Insane asylums in Bengal annual reports 1867-1875 - 1867-1875
Year: 1867
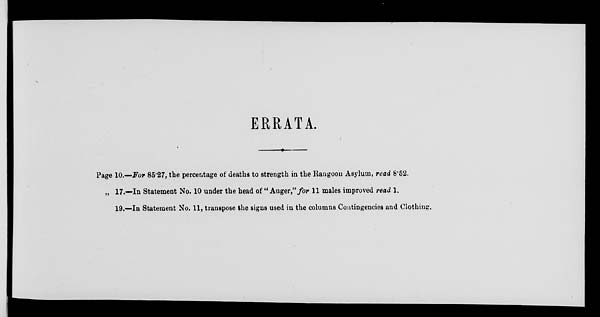
ERRATA.
Page 10.—For 85.27, the percentage of deaths to strength in the Rangoon Asylum, read 8.52.
„ 17.—In Statement No. 10 under the head of " Auger,"for 11 males improved read 1.
19.—In Statement No. 11, transpose the signs used in the columns Contingencies and Clothing.